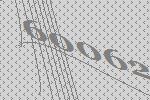
60062